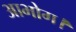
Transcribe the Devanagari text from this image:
आभोग।